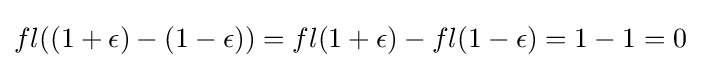
fl((1+\epsilon )-(1-\epsilon ))=fl(1+\epsilon )-fl(1-\epsilon )=1-1=0